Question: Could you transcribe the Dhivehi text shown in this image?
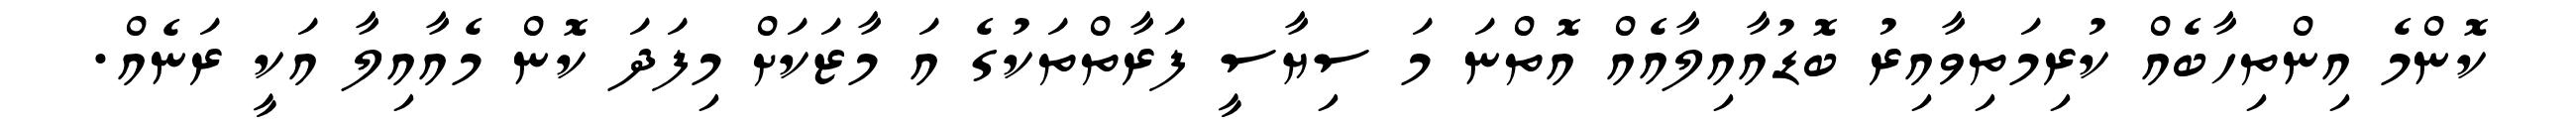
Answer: ކޮންމެ އިންތިހާބެއް ކުރިމަތިވާއިރު ބޮޑުއާއިލާއެއް އޮތްނަ މަ ސިޔާސީ ފަރާތްތަކުގެ އަ މާޒަކަށް މިފަދަ ކޮން މެއާއިލާ އަކީ ރަނެއް.